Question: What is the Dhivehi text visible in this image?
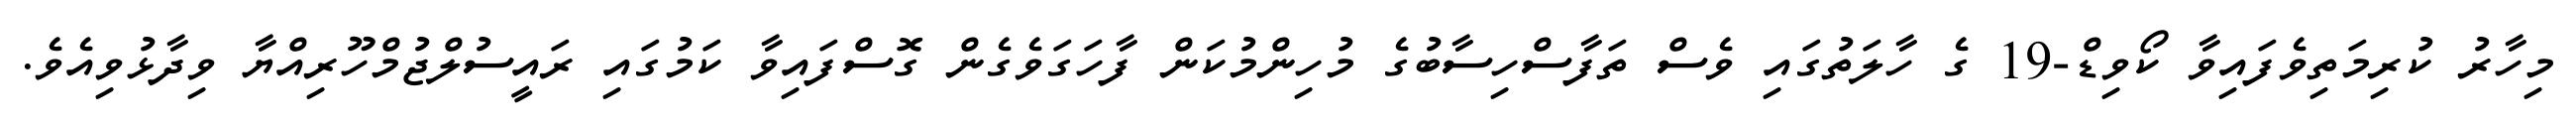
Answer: މިހާރު ކުރިމަތިވެފައިވާ ކޯވިޑް-19 ގެ ހާލަތުގައި ވެސް ތަފާސްހިސާބުގެ މުހިންމުކަން ފާހަގަވެގެން ގޮސްފައިވާ ކަމުގައި ރައީސުލްޖުމްހޫރިއްޔާ ވިދާޅުވިއެވެ.